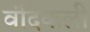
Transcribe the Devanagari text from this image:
वंदिकली